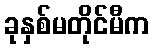
ခုနှစ်မတိုင်မီက